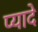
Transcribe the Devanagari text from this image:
प्‍यादे